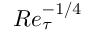
R e _ { \tau } ^ { - 1 / 4 }